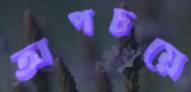
অপচয়ে